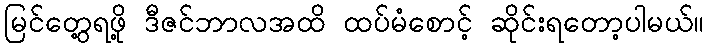
မြင်တွေ့ရဖို့ ဒီဇင်ဘာလအထိ ထပ်မံစောင့် ဆိုင်းရတော့ပါမယ်။